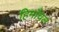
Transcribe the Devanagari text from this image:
हिमाँचल